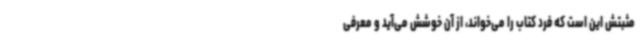
مثبتش این است که فرد کتاب را می‌خواند، از آن خوشش می‌آید و معرفی